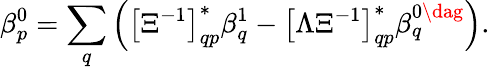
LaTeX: \beta_{p}^{0}=\sum_{q}\left(\left[\Xi^{-1}\right]_{qp}^{*}\beta_{q}^{1}-\left[\Lambda\Xi^{-1}\right]_{qp}^{*}\beta_{q}^{0\dag}\right).